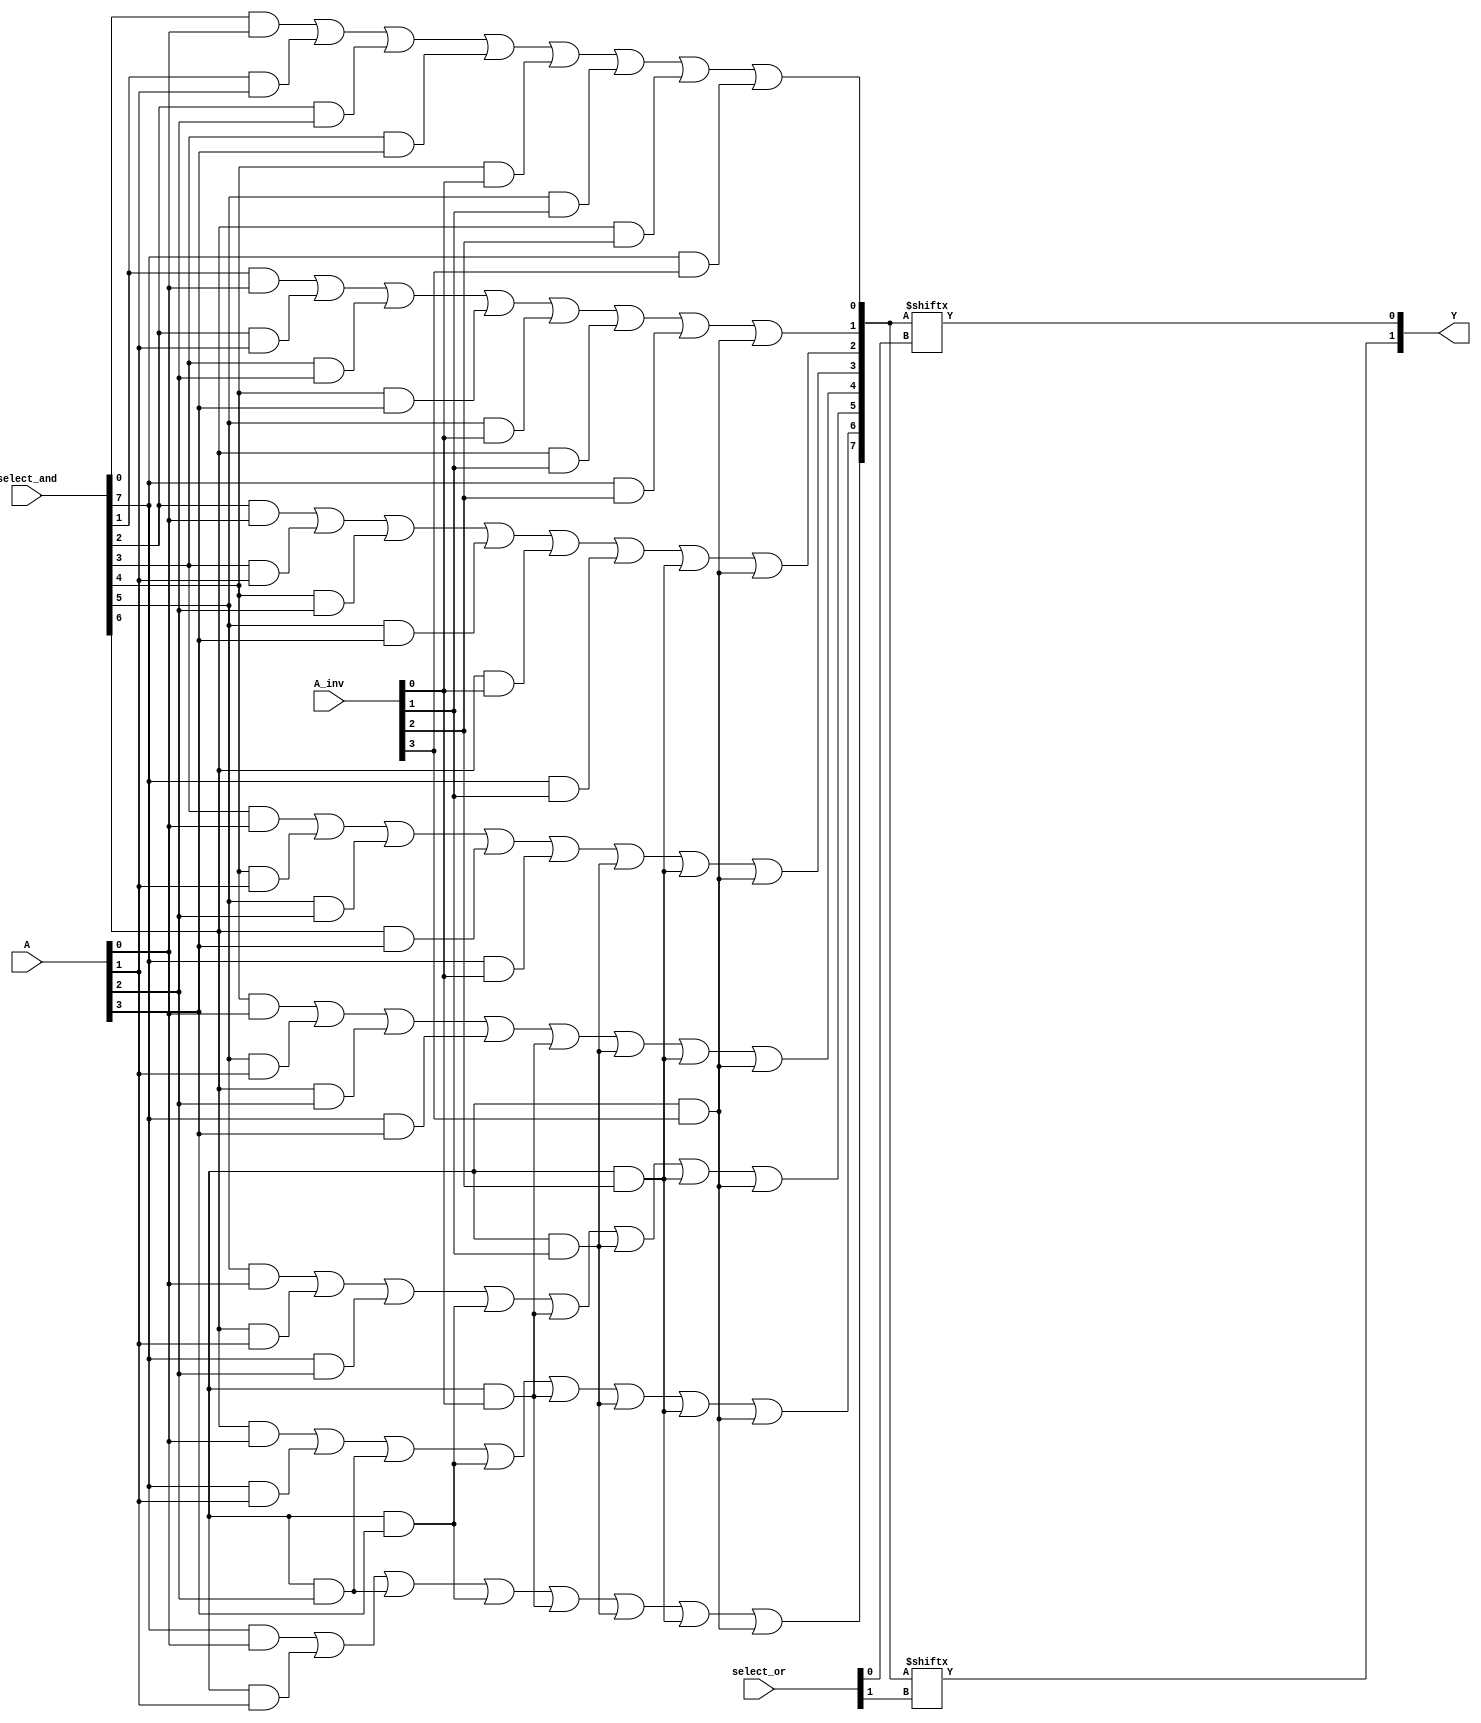
module PLA (
    input wire [N-1:0] A,          // Input lines (A, B, C, ...)
    input wire [N-1:0] A_inv,      // Inverted inputs (A', B', C', ...)
    input wire [M-1:0] select_and,  // Select lines for AND gates
    input wire [P-1:0] select_or,   // Select lines for OR gates
    output wire [Q-1:0] Y           // Output lines (Y1, Y2, ...)
);

parameter N = 4; // Number of inputs
parameter M = 8; // Number of AND gates
parameter P = 4; // Number of OR gates
parameter Q = 2; // Number of outputs

// AND gate outputs
wire [M-1:0] P_term;

// Implementing programmable AND gates
genvar i, j;
generate
    for (i = 0; i < M; i = i + 1) begin : and_gates
        assign P_term[i] = (select_and[i] & A[0]) |
                            (select_and[i + 1] & A[1]) |
                            (select_and[i + 2] & A[2]) |
                            (select_and[i + 3] & A[3]) |
                            (select_and[i + 4] & A_inv[0]) |
                            (select_and[i + 5] & A_inv[1]) |
                            (select_and[i + 6] & A_inv[2]) |
                            (select_and[i + 7] & A_inv[3]);
    end
endgenerate

// OR gate outputs
wire [P-1:0] Y_temp;

// Implementing programmable OR gates
generate
    for (j = 0; j < P; j = j + 1) begin : or_gates
        assign Y_temp[j] = P_term[select_or[j]];
    end
endgenerate

// Final output assignments
assign Y = Y_temp;

endmodule